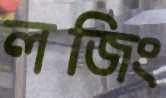
লজিং